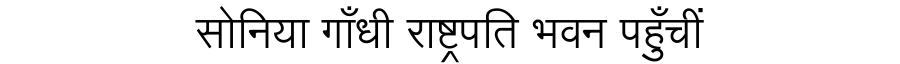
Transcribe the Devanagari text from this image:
सोनिया गाँधी राष्ट्रपति भवन पहुँचीं